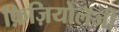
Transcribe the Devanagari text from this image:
फ़िज़ियोलॅजी